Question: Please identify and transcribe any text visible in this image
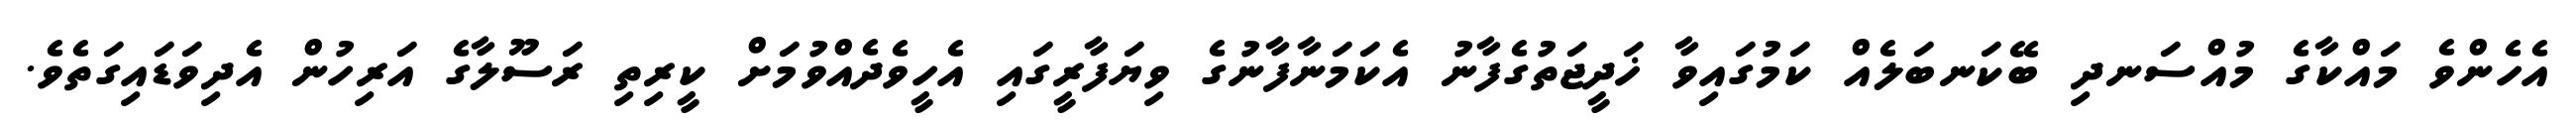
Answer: އެހެންވެ މައްކާގެ މުއްސަނދި ބޭކަނބަލެއް ކަމުގައިވާ ޚަދީޖަތުގެފާނު އެކަމަނާފާނުގެ ވިޔަފާރީގައި އެހީވެދެއްވުމަށް ކީރިތި ރަސޫލާގެ އަރިހުން އެދިވަޑައިގަތެވެ.